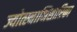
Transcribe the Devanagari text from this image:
ज्योत्स्नाभिसारिका